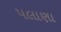
પલાણા